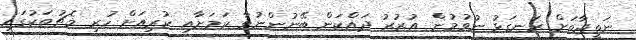
ނަތީޖާތަށް ރަނގަޅު ނުވުމުން އުޒުރު ދައްކަން ބޭނުންނުވާ ކަމަށާއި ކުރިއަށް ހުރި މެޗުތަކުގައި